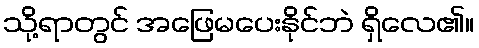
သို့ရာတွင် အဖြေမပေးနိုင်ဘဲ ရှိလေ၏။